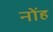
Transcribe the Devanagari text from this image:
नोंह